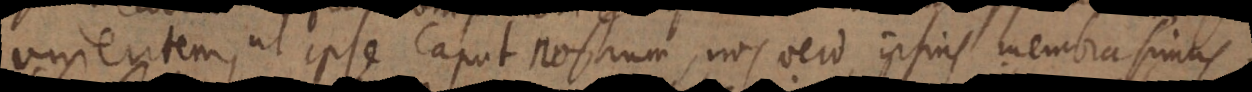
unientem, ut ipse caput nostrum, nos vero ipsius m